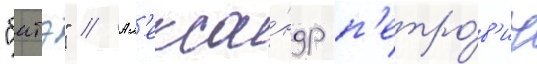
"батэ" // Ал'екса́ндр п'етро́в'ич